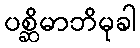
ပစ္ဆိမာဘိမုခါ